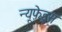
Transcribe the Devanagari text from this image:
न्यूफ़ेड्स